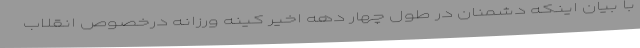
با بیان اینکه دشمنان در طول چهار دهه اخیر کینه ورزانه درخصوص انقلاب